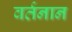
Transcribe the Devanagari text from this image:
वर्तनान